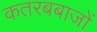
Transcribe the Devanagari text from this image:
कतरबबाजों